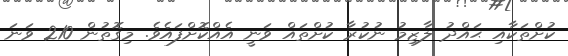
ކުށްތަކާއި ޙައްދު ލާޒިމު ނުކުރާ ކުށްތައް ވަނީ އެއްކޮށްފައެވެ. މިގޮތުން 210 ވަނަ